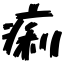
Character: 痢